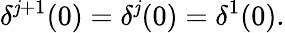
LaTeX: \delta^{\mathit{j}+1}(0)=\delta^{\mathit{j}}(0)=\delta^{1}(0).